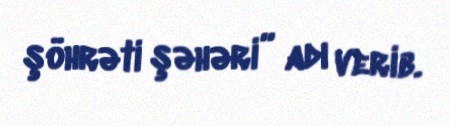
şöhrəti şəhəri” adı verib.